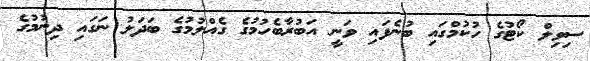
ސިވިލް ކޯޓުގެ ހުކުމްގައި ބުނެފައި ވަނީ އަބުރާބެހުމުގެ ގެއްލުމުގެ ބަދަލު ނަގައި ދިނުމުގެ